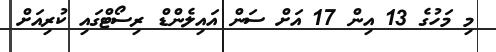
މި މަހުގެ 13 އިން 17 އަށް ސަން އައިލެންޑް ރިސޯޓްގައި ކުރިއަށް